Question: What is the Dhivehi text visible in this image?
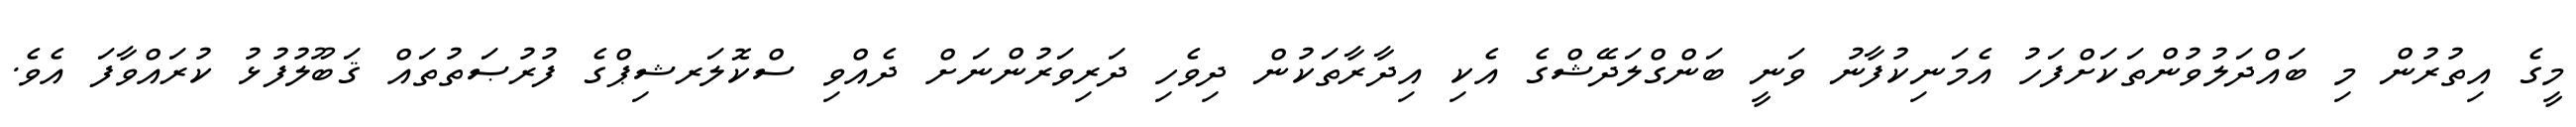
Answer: މީގެ އިތުރުން މި ބައްދަލުވުންތަކަށްފަހު އެމަނިކުފާނު ވަނީ ބަންގްލަދޭޝްގެ އެކި އިދާރާތަކުން ދިވެހި ދަރިވަރުންނަށް ދެއްވި ސްކޮލަރޝިޕްގެ ފުރުޞަތުތައް ޤަބޫލުފުޅު ކުރައްވާފަ އެވެ.